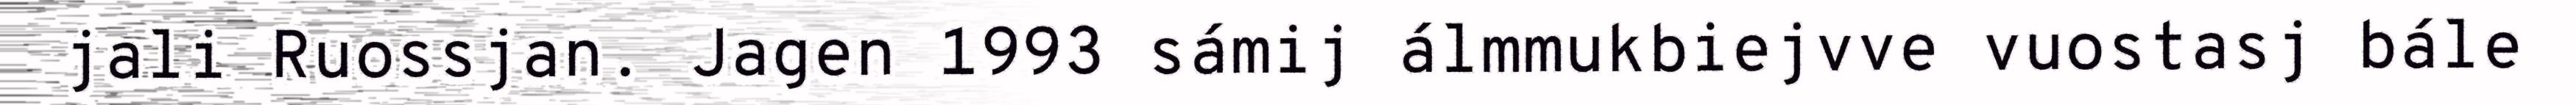
jali Ruossjan. Jagen 1993 sámij álmmukbiejvve vuostasj bále